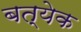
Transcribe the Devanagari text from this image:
बत्येक